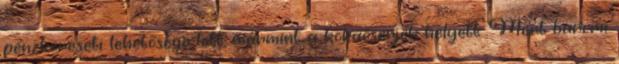
pénzkereseti lehetősége lett, mármint a kokacserjék helyett. Mert baromi